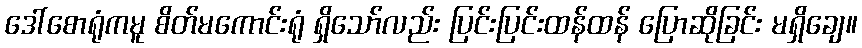
ဒေါ်စောရုံကမူ စိတ်မကောင်းရုံ ရှိသော်လည်း ပြင်းပြင်းထန်ထန် ပြောဆိုခြင်း မရှိချေ။